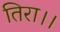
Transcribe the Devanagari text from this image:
तिरा।।